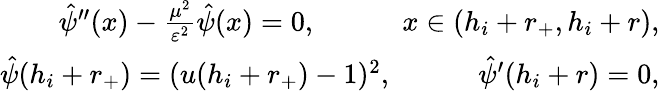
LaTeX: \begin{array}{r}{\hat{\psi}^{\prime\prime}(x)-\frac{\mu^{2}}{\varepsilon^{2}}\hat{\psi}(x)=0,\quad\qquad x\in(h_{i}+r_{+},h_{i}+r),}\\ {\hat{\psi}(h_{i}+r_{+})=(u(h_{i}+r_{+})-1)^{2},\quad\qquad\hat{\psi}^{\prime}(h_{i}+r)=0,}\end{array}